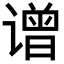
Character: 𬤤